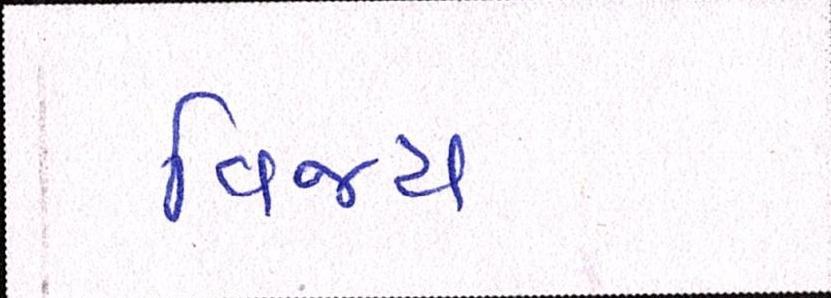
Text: વિજય